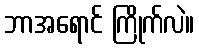
ဘာအရောင် ကြိုက်လဲ။